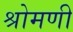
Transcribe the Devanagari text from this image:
श्रोमणी